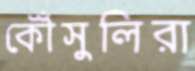
কৌঁসুলিরা